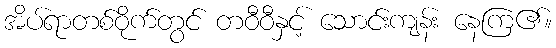
အိပ်ရာတစ်ဝိုက်တွင် တဝီဝီနှင့် သောင်းကျန်း နေကြ၏။